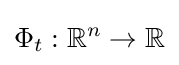
\Phi _{t}:\mathbb {R} ^{n}\rightarrow \mathbb {R}